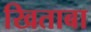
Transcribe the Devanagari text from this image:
खिताबा